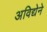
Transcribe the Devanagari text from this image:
अविद्येने